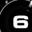
Digit: 6